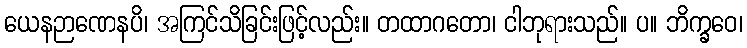
ယေနဉာဏေနပိ၊ အကြင်သိခြင်းဖြင့်လည်း။ တထာဂတော၊ ငါဘုရားသည်။ ပ။ ဘိက္ခဝေ၊